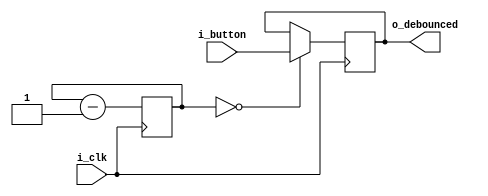
module debouncer (
	input i_clk,
	input i_button,
	
	output reg o_debounced
);

	parameter LGWAIT = 17;
	
	// This will use the simple button debouncer from https://zipcpu.com/blog/2017/08/04/debouncing.html
	
	reg [(LGWAIT - 1):0] r_timer;
	
	initial r_timer = {(LGWAIT){1'b1}};
	
	always @(posedge i_clk) begin
		r_timer <= r_timer - 1'b1;
	end
		
		
	always @(posedge i_clk) begin
		if (r_timer == 0) begin
			o_debounced <= i_button;
		end
	end
			
endmodule